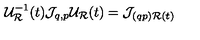
{ \cal U } _ { { \cal R } } ^ { - 1 } ( t ) { \cal J } _ { q , p } { \cal U } _ { \cal R } ( t ) = { \cal J } _ { ( q p ) { \cal R } ( t ) }